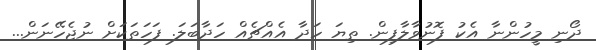
ދޯނި މީހުންނާ އެކު ފޮނުވާލާފިން. ތިޔަ ހަދާ އެއްޗެއް ހަދާބަލަ. ފަހަތަކަށް ނުޖެހޭނަން...